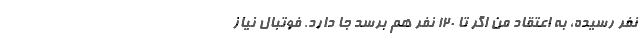
نفر رسیده، به اعتقاد من اگر تا ١٢٠ نفر هم برسد جا دارد. فوتبال نیاز